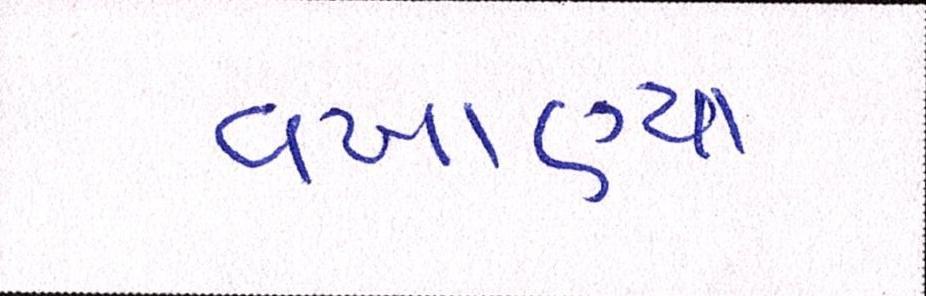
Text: વખાણ્યા